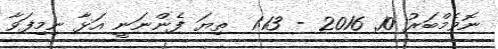
ނޮވެމްބަރު 10